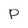
Character: P